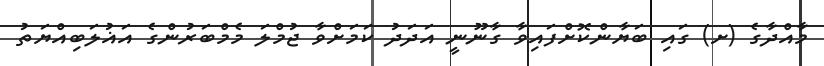
މާއްދާގެ (ށ) ގައި ބަޔާންކޮށްފައިވާ ގާނޫނީ އަދަދު ކަމަށްވާ ޖުމްލަ މެމްބަރުންގެ އަޣުލަބިއްޔަތު